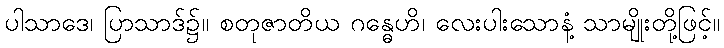
ပါသာဒေ၊ ပြာသာဒ်၌။ စတုဇာတိယ ဂန္ဓေဟိ၊ လေးပါးသောနံ့ သာမျိုးတို့ဖြင့်။